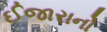
ઈજારાનો